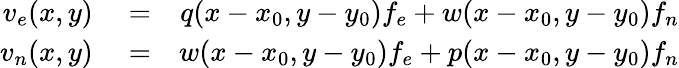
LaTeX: \begin{array}{rlr}{v_{e}(x,y)}&{{}=}&{q(x-x_{0},y-y_{0})f_{e}+w(x-x_{0},y-y_{0})f_{n}}\\ {v_{n}(x,y)}&{{}=}&{w(x-x_{0},y-y_{0})f_{e}+p(x-x_{0},y-y_{0})f_{n}}\end{array}